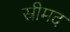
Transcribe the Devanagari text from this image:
स्रीमद